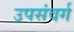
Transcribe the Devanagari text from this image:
उपसंवर्ग